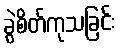
ခွဲစိတ်ကုသခြင်း